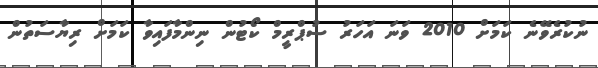
ނުކުރެވޭނެ ކަމަށް 2010 ވަނަ އަހަރު ސުޕްރީމް ކޯޓުން ނިންމާފައިވާ ކަމަށް ރިޔާސަތުން